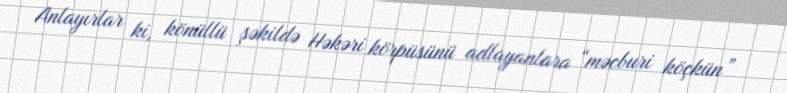
Anlayırlar ki, könüllü şəkildə Həkəri körpüsünü adlayanlara “məcburi köçkün”